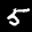
Label: 5